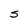
Character: S